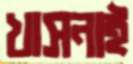
খাসনাই